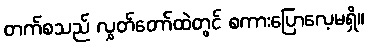
တက်စသည် လွှတ်တော်ထဲတွင် စကားပြောလေ့မရှိ။